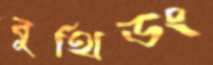
বুথিডং